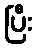
ပြီး